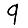
Digit: 9